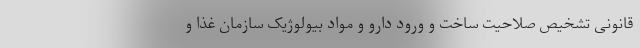
قانونی تشخیص صلاحیت ساخت و ورود دارو و مواد بیولوژیک سازمان غذا و